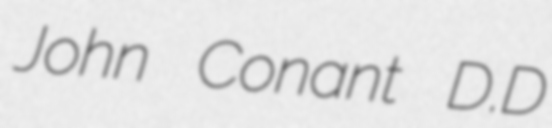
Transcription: John Conant D.D